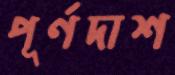
পূর্ণদাশ